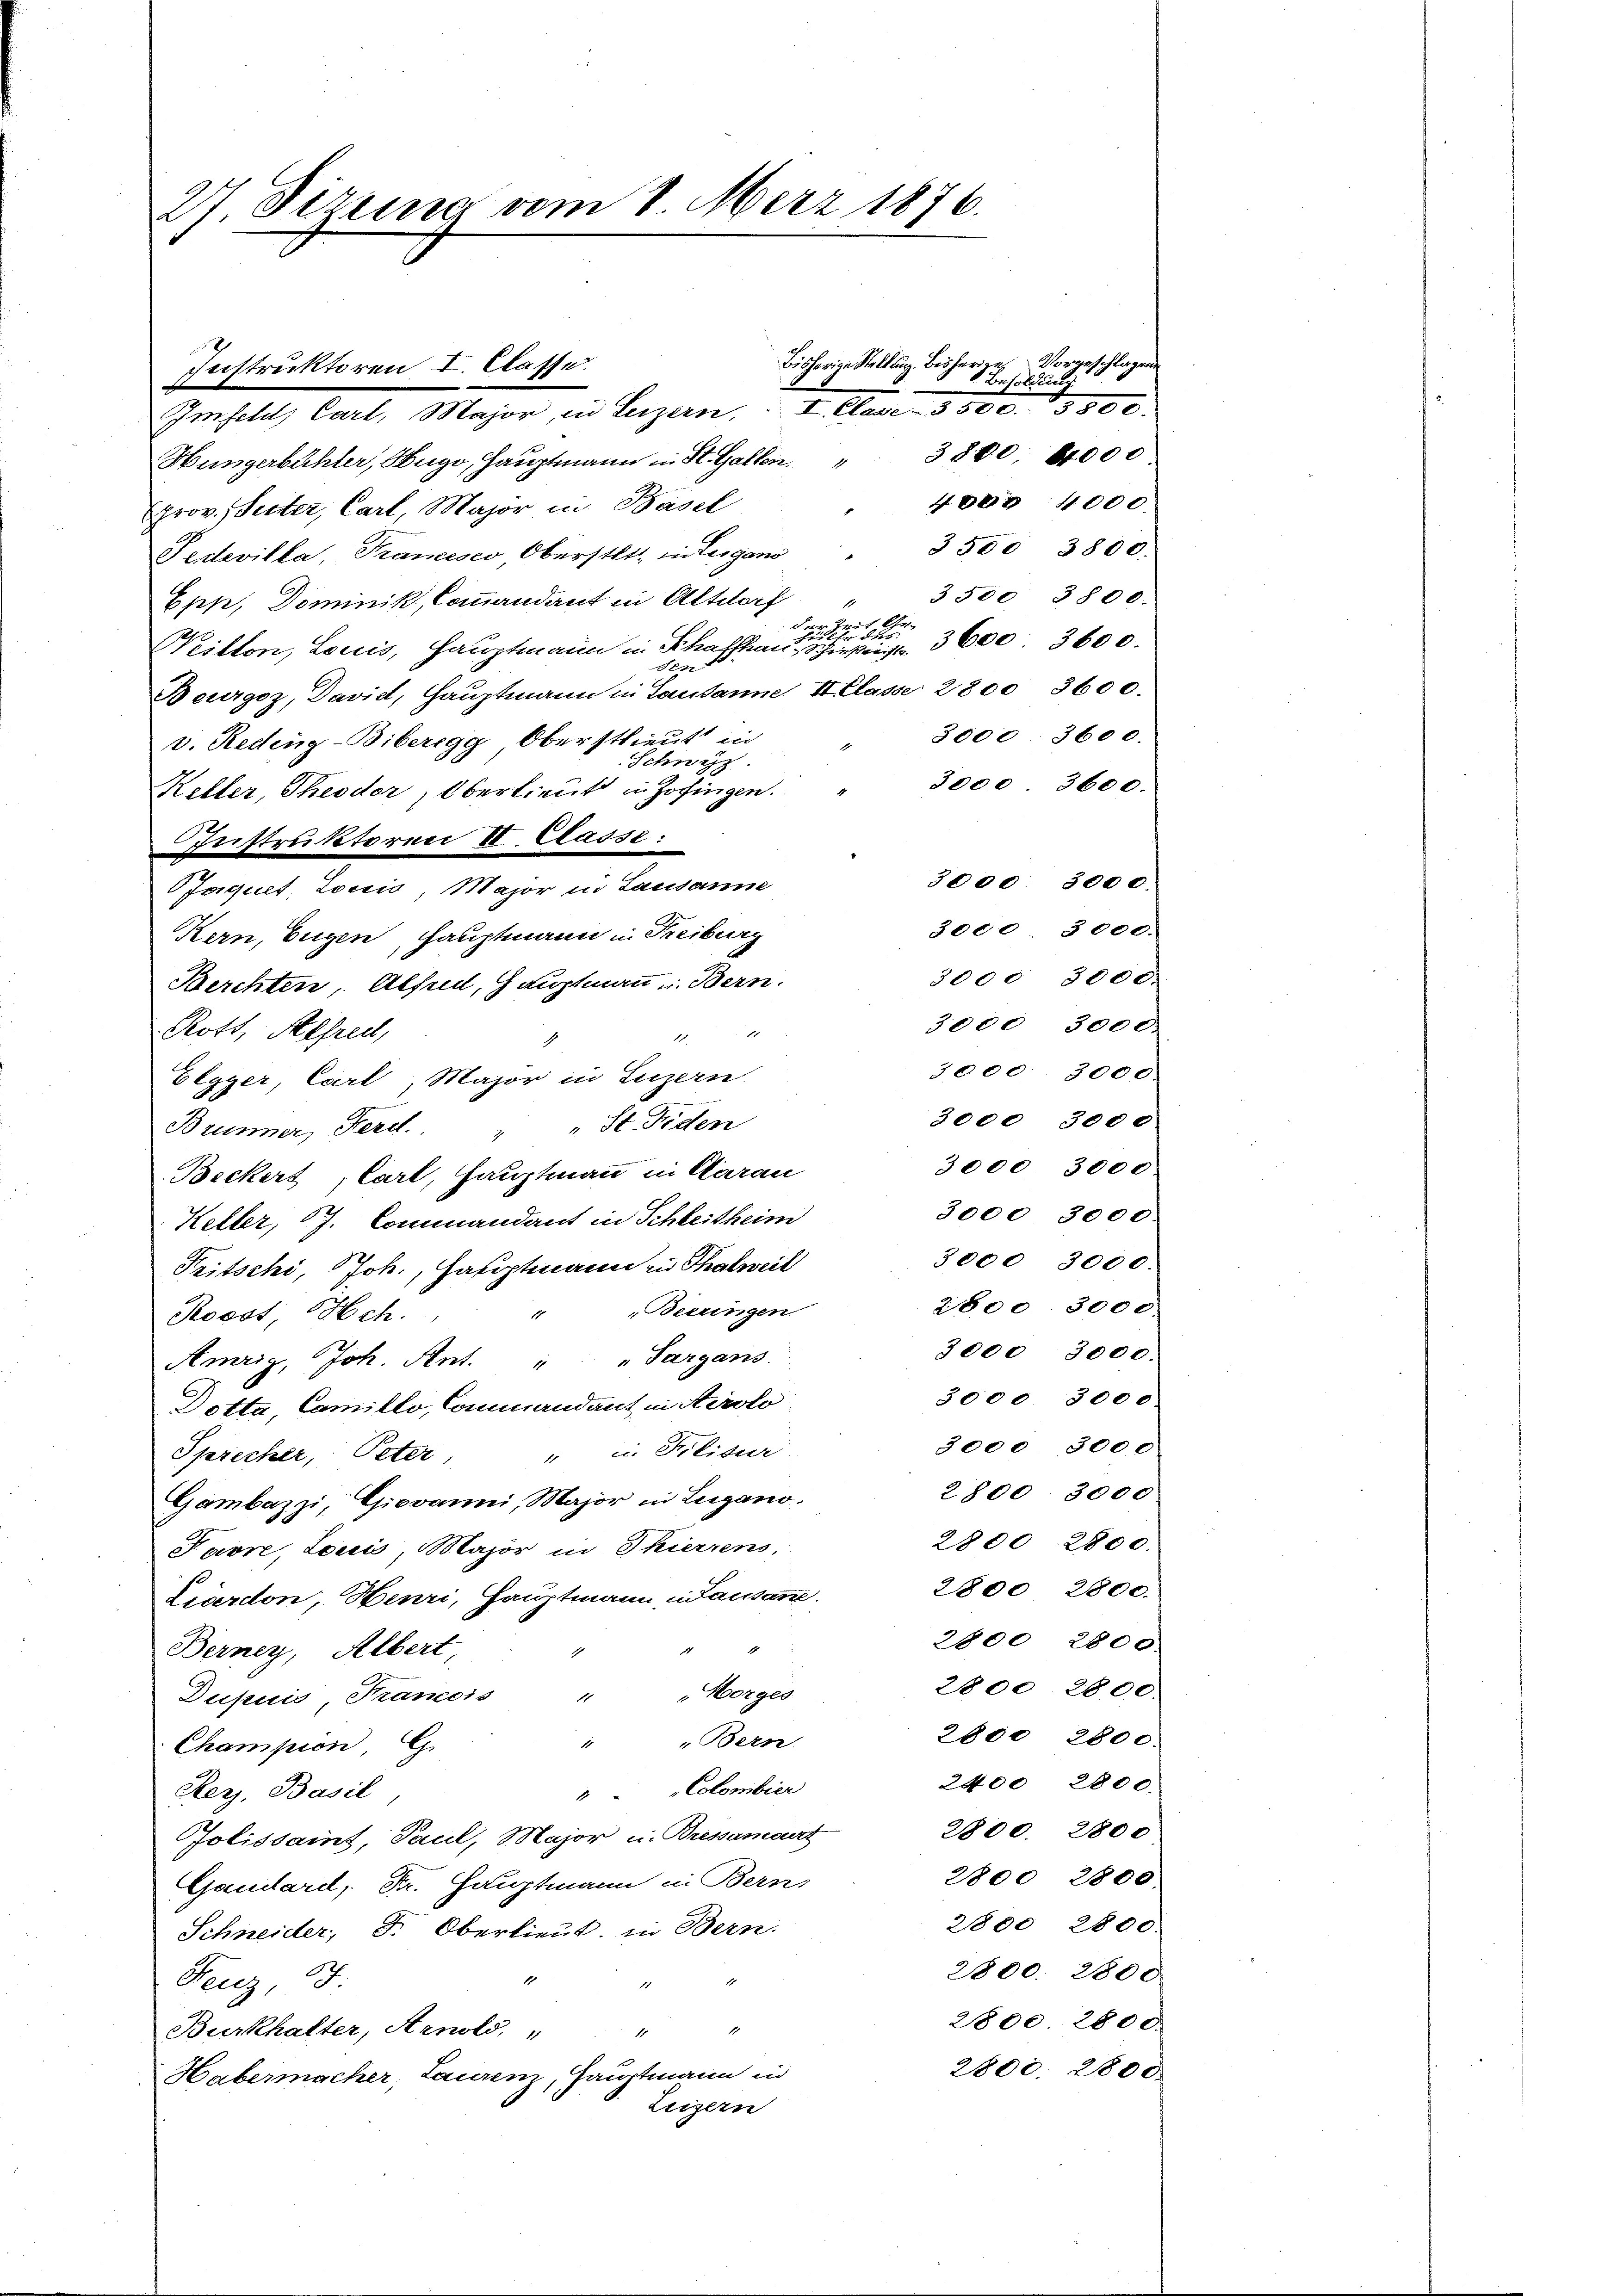
27 Sizung vom 8. März 1876.

Instruktoren I. Classe.
Imfehl, Carl, Major, in Luzern, I. Clave- 3500. 3800.
Hüngerbüchler, Hugo, Haŭptmann in St. Gallen. " 3800. 64000
40er 4000.
prov. Seiter, Carl, Major in Basel
3500 3800.
Penevilla, Trancisco Oberstatt, in Lugano
3500 3800.
Epp, Dominik, Commandant in Altdorf
Wilten, Louis, Hauptmann in Seiteressenen 3600 3600.
d
Beurgoz, David, Hauptmann in Lausanne Klasse 2800 3600.
3000. 3600.
v. Reding-Biberegg, Oberstlieut in
Schwyz
3000. 3600.
Keller, Theoder Oberlieutt in Zofingen.
Instruktoren II. Lasse:
3000. 3000.
aquet, Locis, Major in Lausanne
3000. 3000.
Kern, Eugen Hauptmann in Freiburg
3000 3000.
Berchten, Alfud, Hauptmann u. Bern.
3000, 3000.
Rott, Alfreit,

3000. 3000.
Elgger, Carl, Major in Luzern.
3000 3000
Brunner, Ferd. " St. Fiden
3000 3000
Beckers, Carl, Hauptmann in Aarau
3000 3000.
Keller, 17. Commandant in Schleitheim
3000, 3000.
Tritschi, Joh., Hauptmann in Thalweil
2800. 3000.
" "Beeungen
Rosos Hch.
3000 3000.
Amriz, Joh. Ant. " " Sargans.
3000 3000
Dotta, Camillo, Commandant in Airolo
3000 300 c
Sprecher, Peter, " u. Filisur
2800. 3000
Gambazzi, Giovanni, Major in Lugano.
2800. 2800.
Pavre, Louis, Major in Thierrens,
2800 2800.
Liardon, Henri, Hauptmann Lausanne.
2800 2800.
Berney, Albert,
2800, 2800.
Dupuis, Francois " "Morges
2800 2800.
" Bern.
Champion G.
2400 2800.
Colombier
Rer, Basil
2800. 2800
Golissait, Paul, Major u. Bressamant
2800 2800.
Gaudaril, Dr. Hauptmann in Berns
2800 2800.
Schneider, D. Oberlieut. in Bern.
2800. 2800
1
7
Feuz, 18:
2800 2800.
Burkhalter, Arnold, " " "
2800. 2800.
Habermacher, Laurenz, Hauptmann in
Luzern

bisherige Stellung. Bisherige Vorbehalte geschlagen.